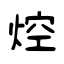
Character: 焢